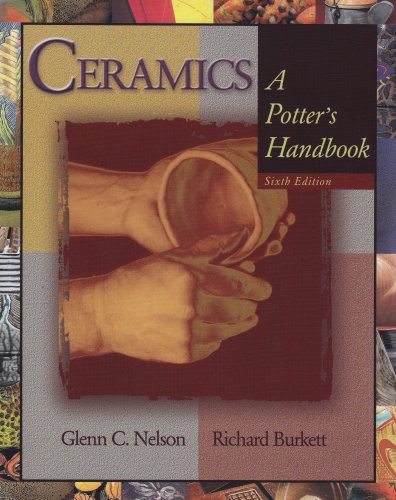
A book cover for Ceramics: A Potter's Handbook; Glenn C. Nelson; Crafts, Hobbies & Home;